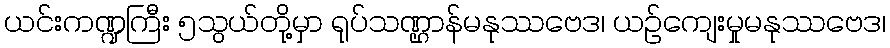
ယင်းကဏ္ဍကြီး ၅သွယ်တို့မှာ ရုပ်သဏ္ဌာန်မနုဿဗေဒ၊ ယဉ်ကျေးမှုမနုဿဗေဒ၊